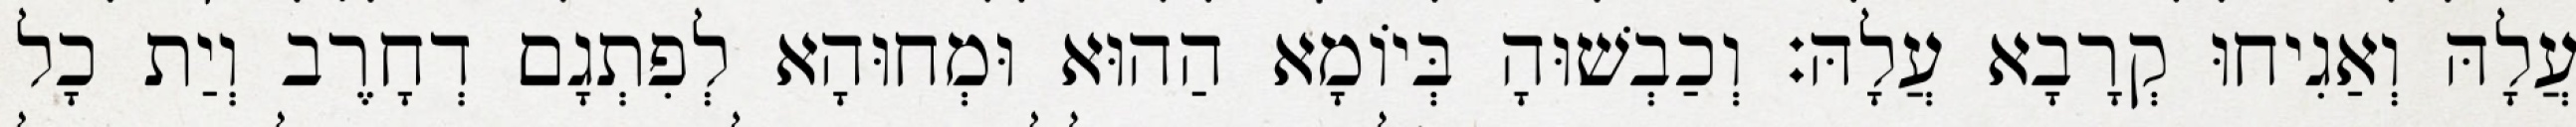
עֲלָהּ וְאַגִיחוּ קְרָבָא עֲלָהּ׃ וְכַבְשׁוּהָ בְּיוֹמָא הַהוּא וּמְחוּהָא לְפִתְגָם דְחָרֶב וְיַת כָל